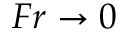
F r \rightarrow 0